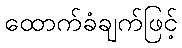
ထောက်ခံချက်ဖြင့်